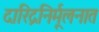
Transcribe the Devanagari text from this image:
दारिद्रनिर्मूलनात